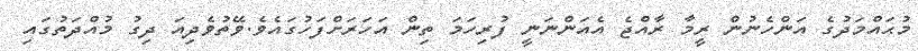
މުޙައްމަދުގެ އަންހެނުން ރީމާ ރާއްޖެ އެއަންނަނީ ފުރިހަމަ ތިން އަހަރަށްފަހުގައެވެ.ވޭތުވެދިއަ ދިގު މުއްދަތުގައި